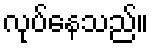
လုပ်နေသည်။